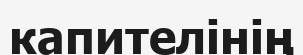
капителінің